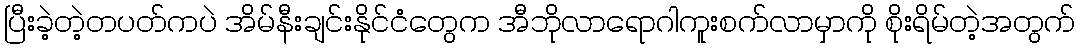
ပြီးခဲ့တဲ့တပတ်ကပဲ အိမ်နီးချင်းနိုင်ငံတွေက အီဘိုလာရောဂါကူးစက်လာမှာကို စိုးရိမ်တဲ့အတွက်